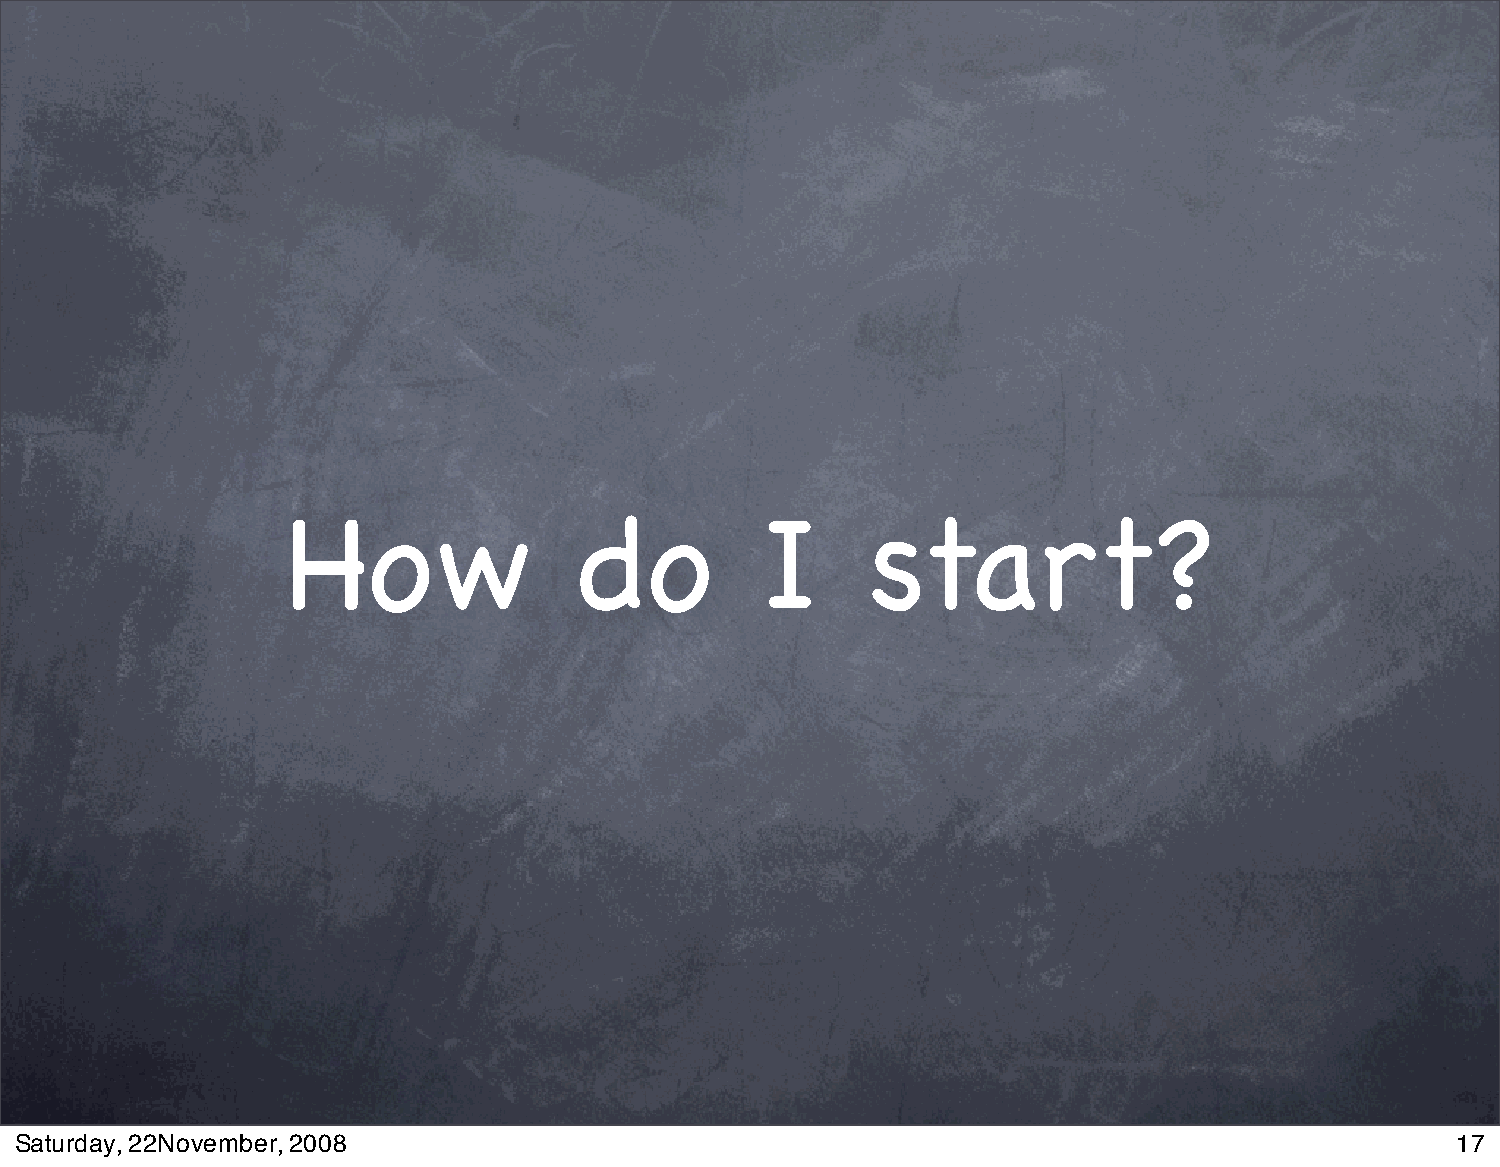
How                do          I       start?
 Saturday, 22November, 2008                                                                     17